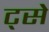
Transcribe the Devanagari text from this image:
ट्से